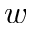
w